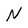
Character: N